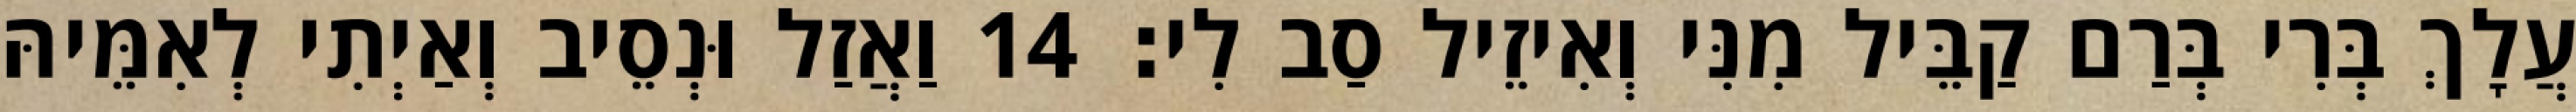
עֲלָךְ בְּרִי בְּרַם קַבֵּיל מִנִּי וְאִיזֵיל סַב לִי׃ 14 וַאֲזַל וּנְסֵיב וְאַיְתִי לְאִמֵּיהּ